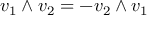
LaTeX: v _ { 1 } \wedge v _ { 2 } = - v _ { 2 } \wedge v _ { 1 }